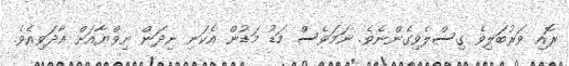
ރޮއި ވަރުބަލިވެ ގިސްލެވިގެންނެވެ. ނަމަވެސް މަޑު މަޑުން އެކަނި ނިދަން ނިވްޔާއަށް އާދަވިއެވެ.